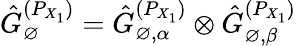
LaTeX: \hat{G}_{\varnothing}^{(P_{X_{1}})}=\hat{G}_{\varnothing,\alpha}^{(P_{X_{1}})}\otimes\hat{G}_{\varnothing,\beta}^{(P_{X_{1}})}